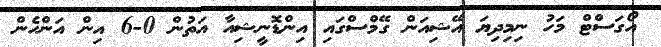
އޯގަސްޓް މަހު ނިމިދިޔަ އޭޝިއަން ގޭމްސްގައި އިންޑޮނީޝިއާ އަތުން 0-6 އިން އަންހެން